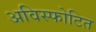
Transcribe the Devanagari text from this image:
अविस्फोटित